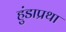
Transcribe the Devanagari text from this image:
हुंडाप्रथा